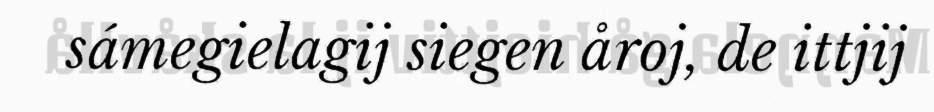
sámegielagij siegen åroj, de ittjij